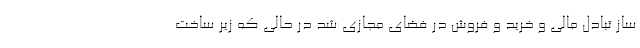
ساز تبادل مالی و خرید و فروش در فضای مجازی شد در حالی که زیر ساخت